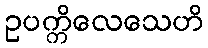
ဥပက္ကိလေသေဟိ